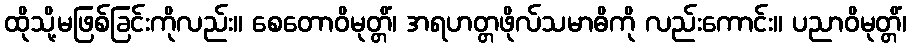
ထိုသို့မဖြစ်ခြင်းကိုလည်း။ စေတောဝိမုတ္တိံ၊ အရဟတ္တဖိုလ်သမာဓိကို လည်းကောင်း။ ပညာဝိမုတ္တိံ၊